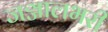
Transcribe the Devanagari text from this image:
जञ्जालभरी